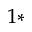
^ { 1 \ast }